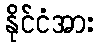
နိုင်ငံအား